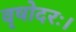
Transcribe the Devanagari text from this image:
वृषोदरः।